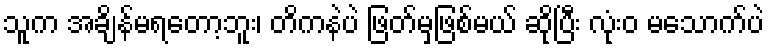
သူက အချိန်မရတော့ဘူး၊ တိကနဲပဲ ဖြတ်မှဖြစ်မယ် ဆိုပြီး လုံးဝ မသောက်ပဲ